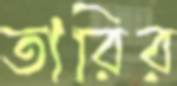
তারির